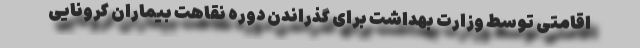
اقامتی توسط وزارت بهداشت برای گذراندن دوره نقاهت بیماران کرونایی